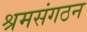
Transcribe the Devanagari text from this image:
श्रमसंगठन